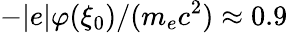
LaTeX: -|e|\varphi(\xi_{0})/(m_{e}c^{2})\approx 0.9